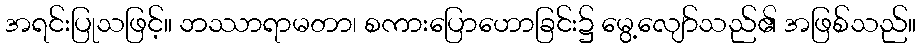
အရင်းပြုသဖြင့်။ ဘဿာရာမတာ၊ စကားပြောဟောခြင်း၌ မွေ့လျော်သည်၏ အဖြစ်သည်။